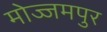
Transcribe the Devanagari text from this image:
मोज्जमपुर